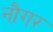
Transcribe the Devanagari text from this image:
नौगर